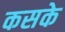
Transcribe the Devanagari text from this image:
कसके